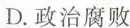
D.政治腐败